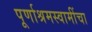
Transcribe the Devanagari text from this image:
पूर्णाश्रमस्वामींचा